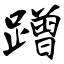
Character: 蹭